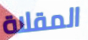
المقلاة